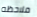
ملاحظه